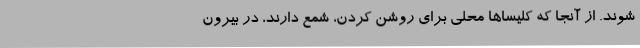
شوند. از آنجا که کلیسا‌ها محلی برای روشن کردن، شمع دارند، در بیرون